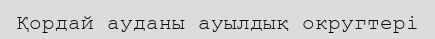
Қордай ауданы ауылдық округтері